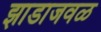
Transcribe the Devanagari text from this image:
झाडाजवळ